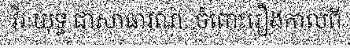
វិរៈយុទ្ធ ជាសាធារណៈ ចំពោះរឿងកាលពី